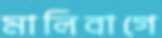
মালিবাগে